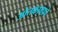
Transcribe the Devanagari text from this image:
ओतकामाचे